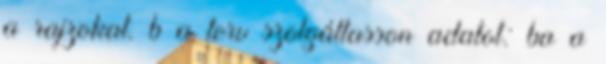
a rajzokat. b a terv szolgáltasson adatot: ba a